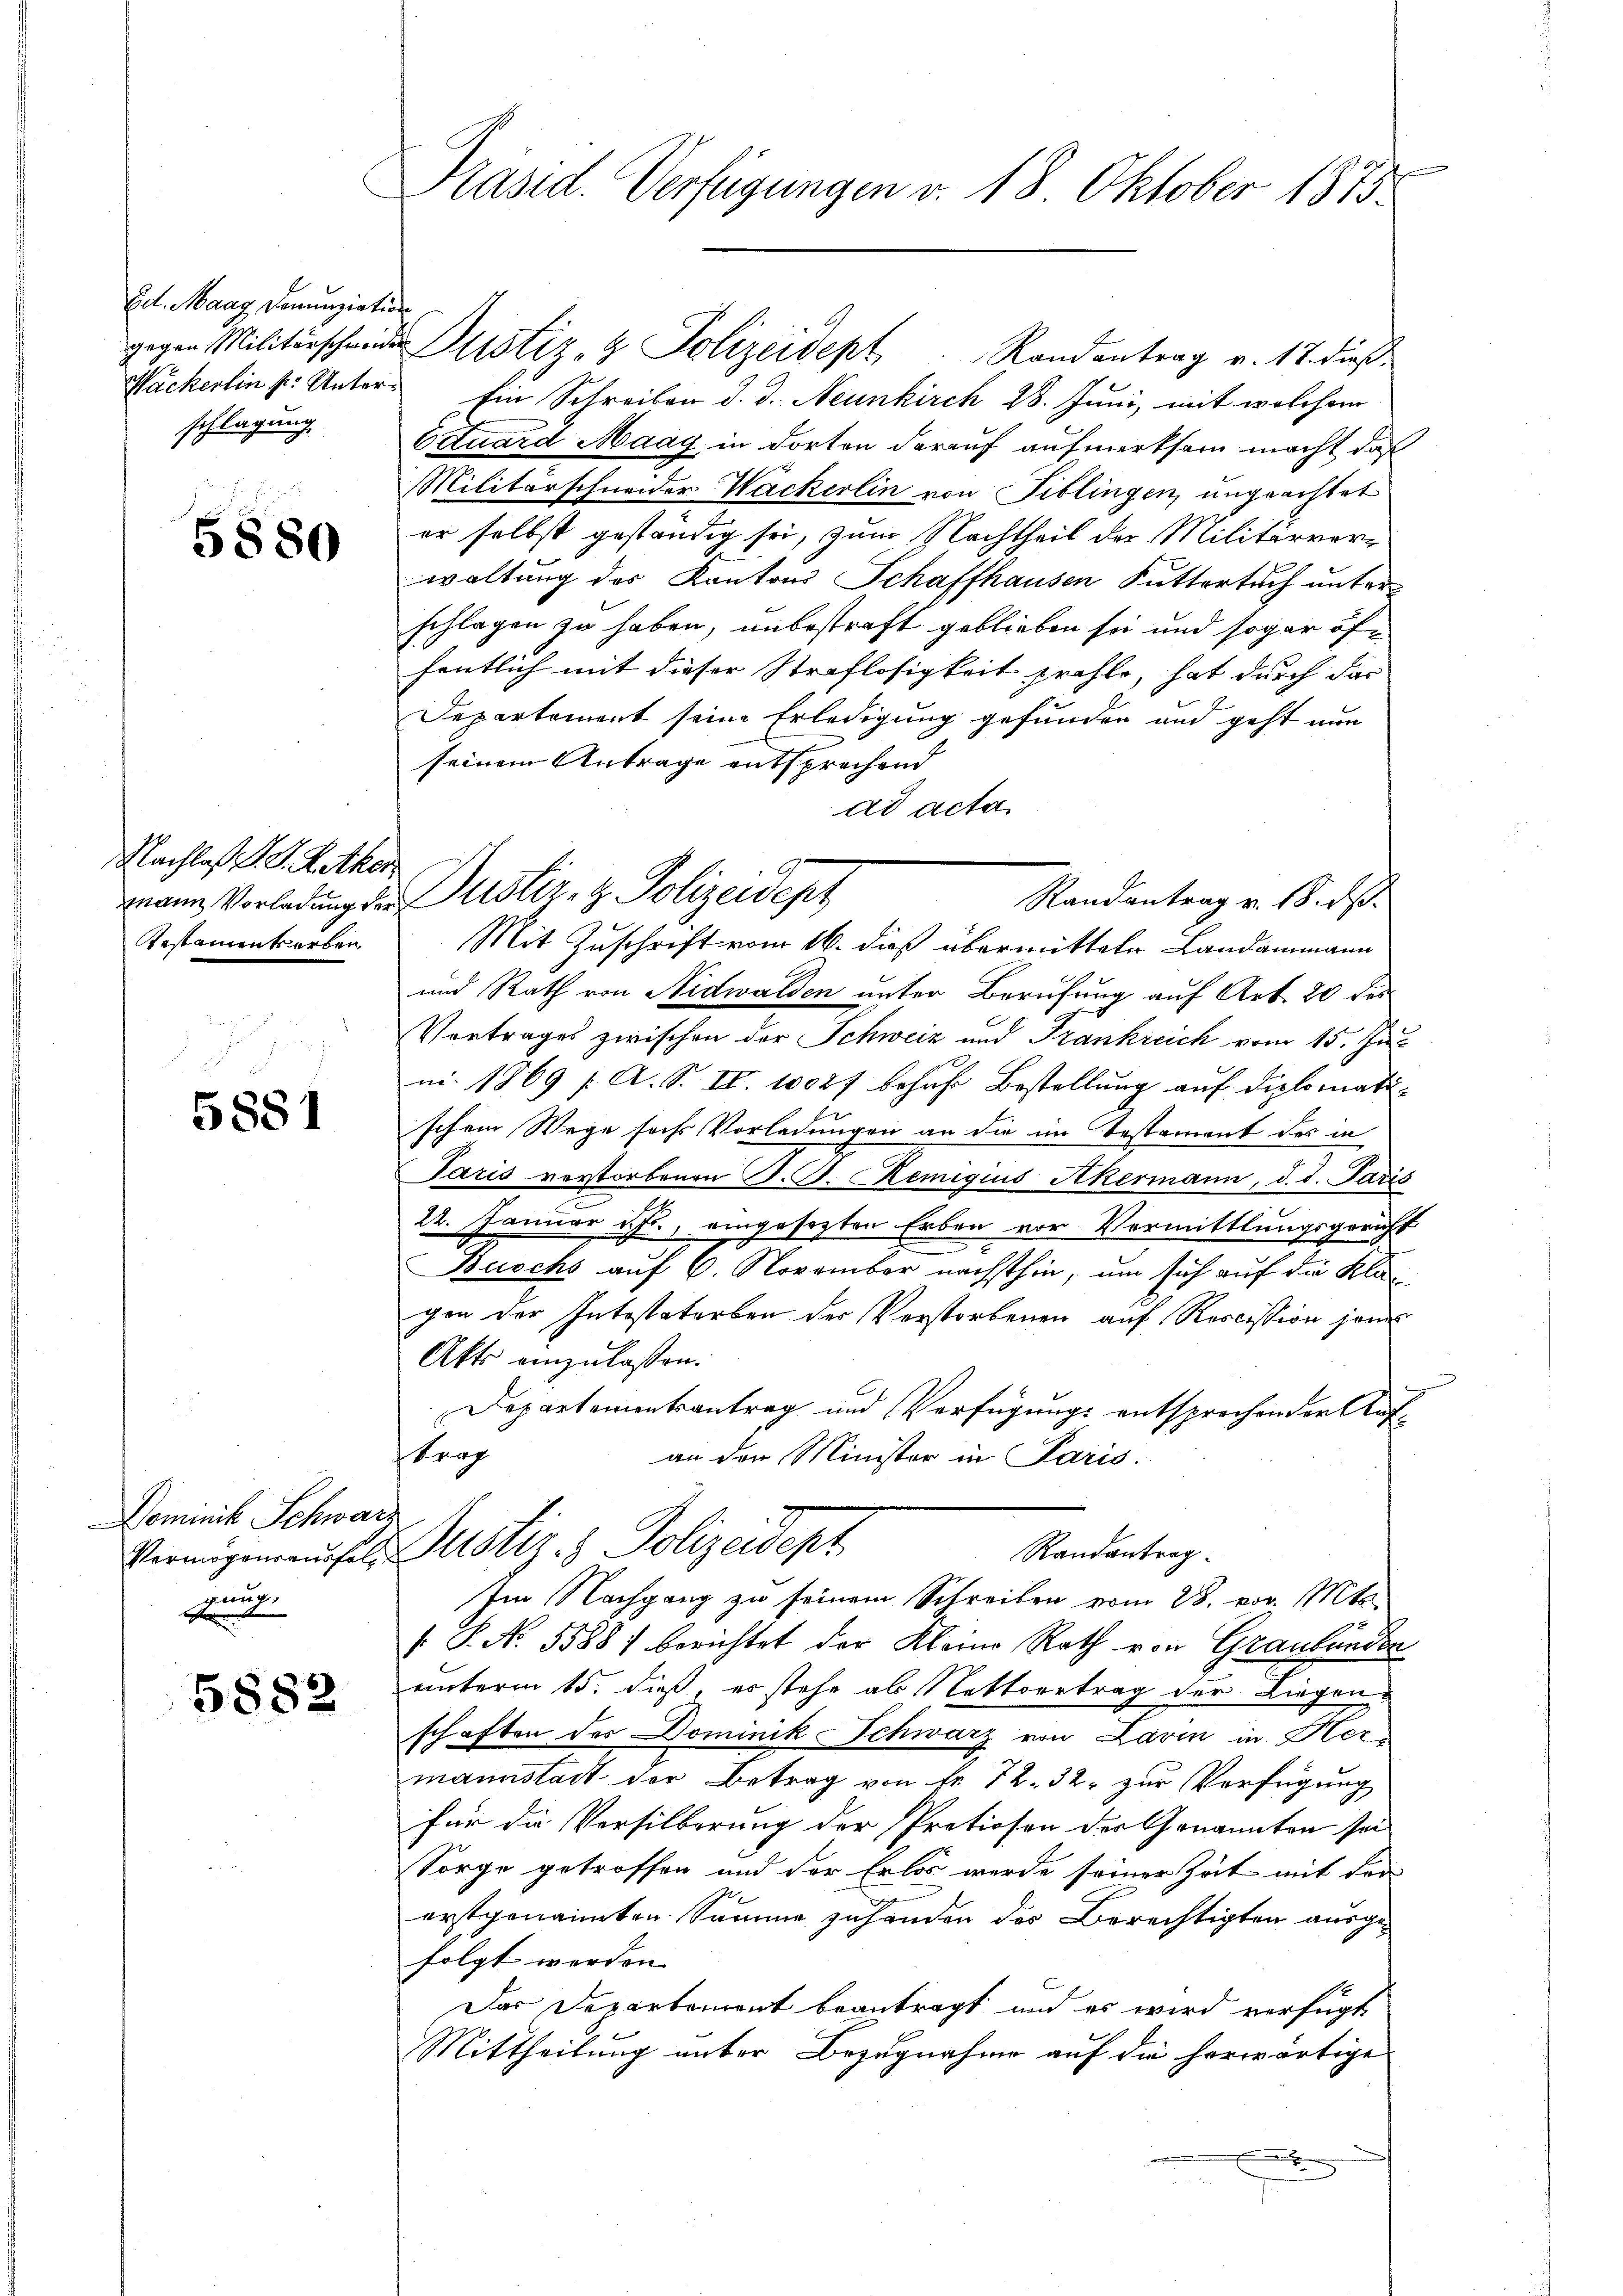
Ed. Maag Denunziation
schlagung

5880

Nachlaß P. G. Rüker
Testamentserben

5881

Dominik Schwar
geni

5882

Präsid. Verfügungen v. 18. Oktober 1875.

Wäckerlin pr. Unter Ein Schreiben d. d. Neunkirch 28. Juni, mit welchem
Ottuard Maag in dorten darauf aufmerksam macht, daß
Militärschneider Wackerlin von Biblingen, ungeachtet
er selbst geständig sei, zum Nachtheil der Militärverwaltung des Kantons Schaffhausen Futtersuch unter
schlagen zu haben, unbestraft geblieben sei und sogar öffentlich mit dieser Straflosigkeit prahle, hat durch das
Departement seine Erledigung gefunden und geht nun
seinem Antrage entsprechend
dd acta
Randantrag v. 18. ds.
Mit Zuschrift vom 16. dieß übermitteln Landammann
und Rath von Nidwalden unter Berufung auf Art. 20 des
Vortrages zwischen der Schweiz und Frankreich vom 15. Jul
ni. 1869 / A. S. II. 10027 behufe Bestellung auf diplomatischem Wege sechs Vorladungen an die im Testament des in
Paris verstorbenen M. D. Remigius Akermann, d. d. Paris
22. Januar es, eingesezten Erben vor Vermittlungsgericht
Buschs auf 6. November nächsthin, um sich auf die Klag
gen der Intestaterben der Verstorbenen auf Rescission jene
Akts einzulaßen.
Departementsantrag und Verfügungs entsprechender Aufftrag
an den Minister in Paris.
.
Vermögen aŭf er Justiz- & Polizeidept
Randantrag
Im Nachgang zu seinem Schreiben vom 28. vor. Mts.
 P. No. 5588) berichtet der Kleine Rath von Graubünden
unterm 15. dieß, es stehe als Nettvertrag der Liegenschaften des Dominik Schwarz von Lavin in Her
mannstadt der Betrag von fr. 72. 32. zur Verfügung
für die Versilberung der Pretioson der Genannten sei
Sorge getroffen und der Erlos werde seiner Zeit mit der
ertgenannten Summe zuhanden des Berechtigten ausgefolgt werden.
Das Departement beantragt und es wird verfügt
Mittheilung unter Bezugnahme auf die herwärtige
e

mann Vorladung der Justiz- & Polizeidept

gegen Militärschneider Justiz- & Polizeidept. Randantrag v. 18. dieß